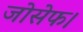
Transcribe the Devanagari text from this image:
जोसेफ।